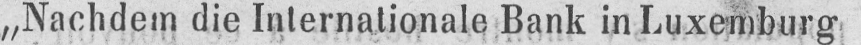
„Nachdem die Internationale Bank in Luxemburg